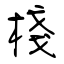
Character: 棧